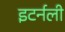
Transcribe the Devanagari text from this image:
इटर्नली